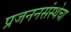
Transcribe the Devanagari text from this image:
प्रजननसंस्थेचा